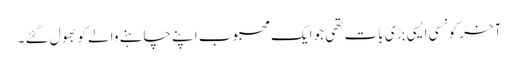
آخر کونسی ایسی بڑی بات تھی جو ایک محبوب اپنے چاہنے والے کو بھول گئے ۔